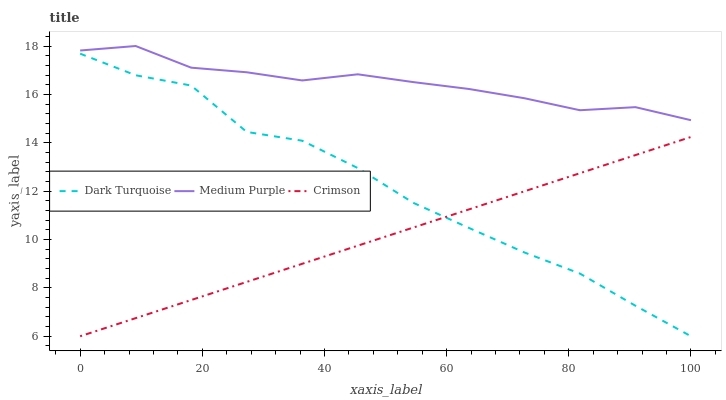
| xaxis_label | Dark Turquoise | Medium Purple | Crimson |
 | --- | --- | --- | --- |
 | 0 | 17.7 | 17.8 | 6 |
 | 9.09 | 16.8 | 18 | 6.75 |
 | 18.2 | 16.4 | 17.1 | 7.5 |
 | 27.3 | 14.4 | 16.9 | 8.25 |
 | 36.4 | 14.1 | 16.6 | 9 |
 | 45.5 | 13 | 16.8 | 9.75 |
 | 54.5 | 11.5 | 16.5 | 10.5 |
 | 63.6 | 10.5 | 16.2 | 11.2 |
 | 72.7 | 9.47 | 15.8 | 12 |
 | 81.8 | 8.59 | 15.3 | 12.7 |
 | 90.9 | 7.26 | 15.5 | 13.5 |
 | 100 | 6 | 14.9 | 14.2 |